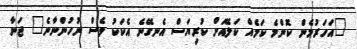
"އަހަރުމެން ކޮންމެ ކަމެއް ކަލޭއަށް ކުރިޔަސް އެނގޭނެ އެކަކު ވެސް ނުހުންނާނެ" ޖަނާ